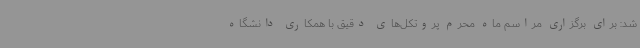
شد: برای برگزاری مراسم ماه محرم پروتکل‌های دقیق با همکاری دانشگاه